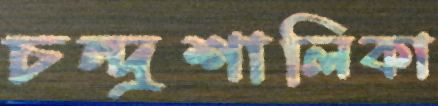
চন্দ্রশালিকা